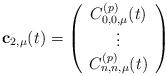
LaTeX: \begin{align*}{\bf c}_{2,\mu}(t)=\left( \begin{array}{c} C^{(p)}_{0,0,\mu}(t) \\ \vdots\\ C^{(p)}_{n,n,\mu}(t) \end{array} \right) \end{align*}